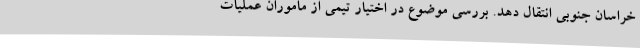
خراسان جنوبی انتقال دهد. بررسی موضوع در اختیار تیمی از ماموران عملیات